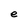
Character: e